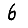
Digit: 6